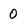
Character: 0